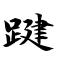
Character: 踺